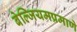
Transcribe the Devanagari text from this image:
बेल्जियमप्रमाणे